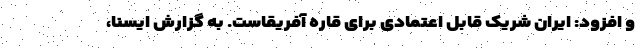
و افزود: ایران شریک قابل اعتمادی برای قاره آفریقاست. به گزارش ایسنا،